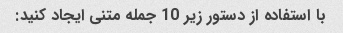
با استفاده از دستور زیر 10 جمله متنی ایجاد کنید: